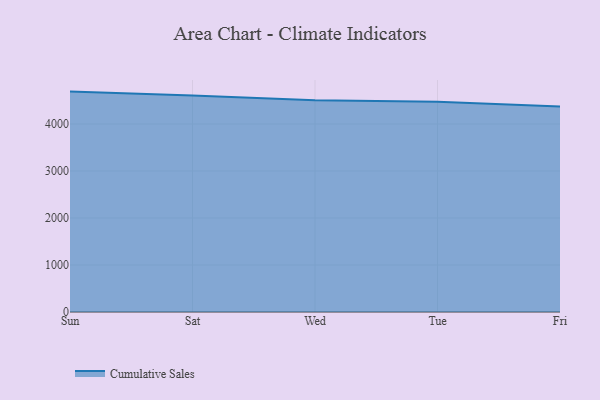
{"axis": {"x": "Day", "y": "Demand Index"}, "legend": ["Cumulative Sales"], "data": [{"x": "Sun", "y": 4688.3, "type": "Cumulative Sales"}, {"x": "Sat", "y": 4605.7, "type": "Cumulative Sales"}, {"x": "Wed", "y": 4502.0, "type": "Cumulative Sales"}, {"x": "Tue", "y": 4473.0, "type": "Cumulative Sales"}, {"x": "Fri", "y": 4372.0, "type": "Cumulative Sales"}]}